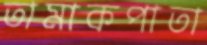
তামাকপাতা